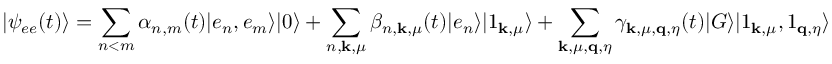
\vert \psi _ { e e } ( t ) \rangle = \sum _ { n < m } \alpha _ { n , m } ( t ) \vert e _ { n } , e _ { m } \rangle \vert 0 \rangle + \sum _ { n , \mathbf { k } , \mu } \beta _ { n , \mathbf { k } , \mu } ( t ) \vert e _ { n } \rangle \vert 1 _ { \mathbf { k } , \mu } \rangle + \sum _ { \mathbf { k } , \mu , \mathbf { q } , \eta } \gamma _ { \mathbf { k } , \mu , \mathbf { q } , \eta } ( t ) \vert G \rangle \vert 1 _ { \mathbf { k } , \mu } , 1 _ { \mathbf { q } , \eta } \rangle